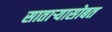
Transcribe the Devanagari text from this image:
सातार्‍यासोबत